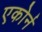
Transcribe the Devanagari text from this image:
एकोर्न